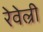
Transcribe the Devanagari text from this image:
रेवेल्री